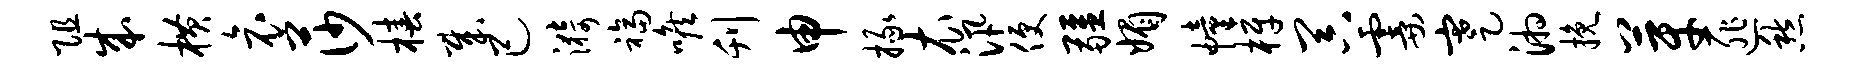
阻成横哀莎椿哉己漪福喉刊申掾衣汛便疆媚幢梓器霎蹇湘挽芽匪愁